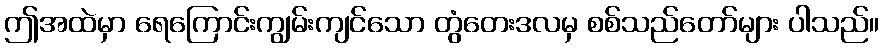
ဤအထဲမှာ ရေကြောင်းကျွမ်းကျင်သော တွံတေးဒလမှ စစ်သည်တော်များ ပါသည်။